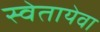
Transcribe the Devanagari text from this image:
स्वेतायेवा